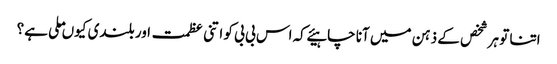
اتنا تو ہر شخص کے ذہن میں آنا چاہیئے کہ اس بی بی کو اتنی عظمت اور بلندی کیوں ملی ہے؟